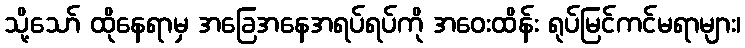
သို့သော် ထိုနေရာမှ အခြေအနေအရပ်ရပ်ကို အဝေးထိန်း ရုပ်မြင်ကင်မရာများ၊